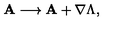
{ \bf A } \longrightarrow { \bf A } + \mathrm { \boldmath \nabla } \Lambda ,